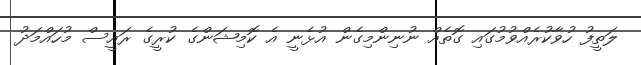
ލަތީފު ހުވާކުރެއްވުމުގައި ގޮތެއް ނުނިންމިގެން އުޅެނީ އެ ކޮމިޝަންގެ ކުރީގެ ރައީސް މުހައްމަދު